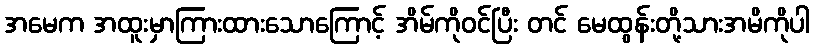
အမေက အထူးမှာကြားထားသောကြောင့် အိမ်ကိုဝင်ပြီး တင် မေထွန်းတို့သားအမိကိုပါ